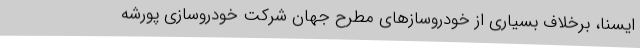
ایسنا، برخلاف بسیاری از خودروسازهای مطرح جهان شرکت خودروسازی پورشه